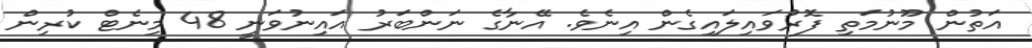
އަތުން މޫނުމަތި ފޮރުވައިލައިގެން އިނެވެ. އޭނާގެ ނަންބަރު އައިނުވަނީ 48 މިނެޓް ކުރިން